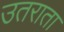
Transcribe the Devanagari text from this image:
उतराता